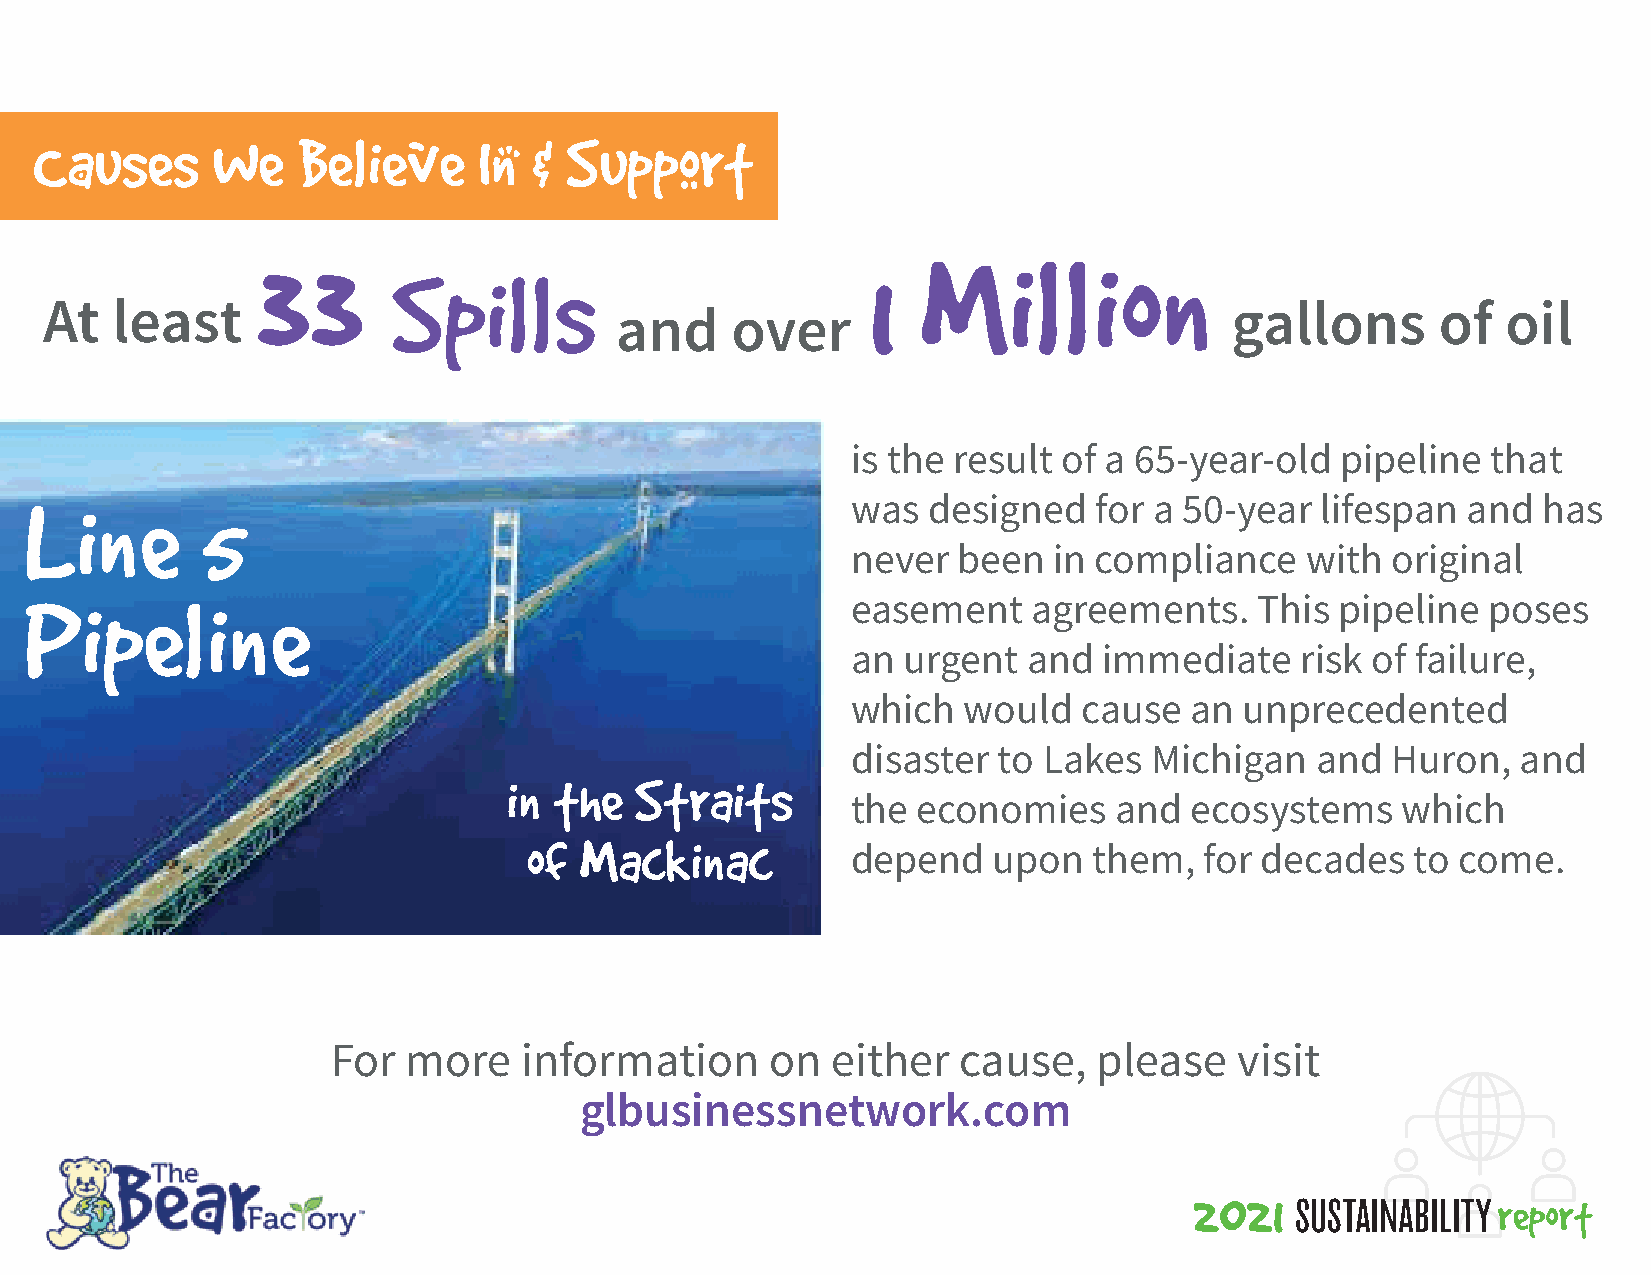
Causes      We    Believe     In & Support
 33
 1   Million
 Spills
 At  least                                                                     gallons       of   oil
 and    over
 is the result of a 65-year-old   pipeline  that
 Line       5
 was  designed   for a 50-year  lifespan  and  has
 never  been   in compliance   with  original
 Pipeline
 easement    agreements.    This  pipeline poses
 an  urgent  and  immediate    risk of failure,
 which   would   cause  an unprecedented
 disaster  to Lakes  Michigan   and  Huron,   and
 in  the  Straits
 the  economies    and  ecosystems    which
 of Mackinac
 depend    upon  them,   for decades   to come.
 For  more    information     on  either   cause,   please   visit
 glbusinessnetwork.com